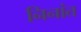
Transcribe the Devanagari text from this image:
निनांत